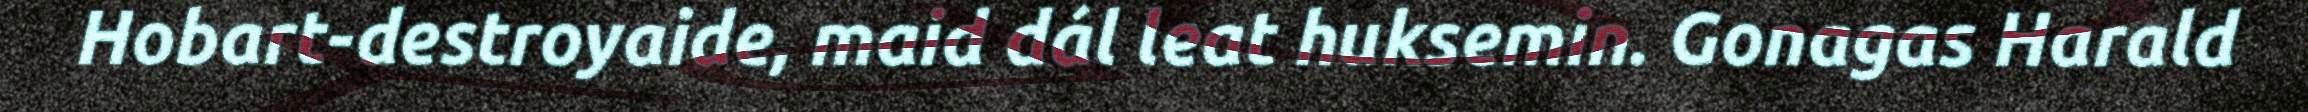
Hobart-destroyaide, maid dál leat huksemin. Gonagas Harald